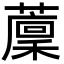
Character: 𦾰